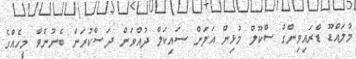
މުލައްޑޫ ޑްރައިވިންގް ސްކޫލް މުޅިން އަލަށް ސައިކަލް ދުއްވަން ދަސްކުރަން ބެނުންވާ މީހެއްގެ